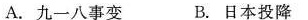
A.九一八事变 B.日本投降